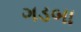
ગડબા